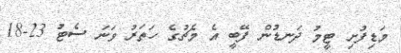
މަޑިފުށި ޓީމު ދަނޑުން ފޭބީ އެ މެޗުގެ ހަތަރު ވަނަ ސެޓު 23-18